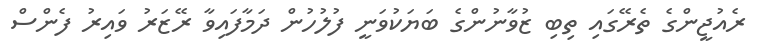
ރެއުޖީންގެ ތެރޭގައި ތިބި ޒުވާނުންގެ ބަޔަކުވަނީ ފުލުހުން ދަމާފައިވާ ރޭޒަރު ވައިރު ފެންސް